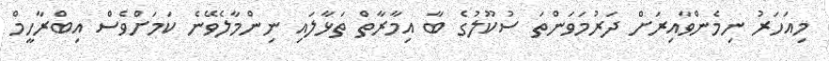
މިއަހަރު ނިމެންވާއިރަށް ދަރުމަވަންތަ ސުކޫލުގެ ބާ އިމާރާތް ތަޅާލައި ނިންމާލެވޭނެ ކަމަަށްވެސް އިބްރާހީމް